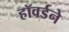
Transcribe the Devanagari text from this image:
हॉवर्डने